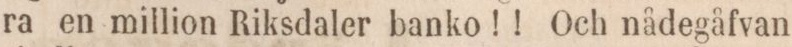
ra en million Riksdaler banko!! Och nådegåfvan